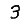
Digit: 3